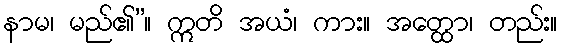
နာမ၊ မည်၏”။ ဣတိ အယံ၊ ကား။ အတ္ထော၊ တည်း။